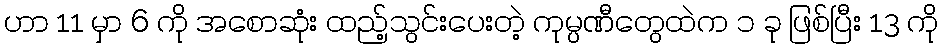
ဟာ 11 မှာ 6 ကို အစောဆုံး ထည့်သွင်းပေးတဲ့ ကုမ္ပဏီတွေထဲက ၁ ခု ဖြစ်ပြီး 13 ကို